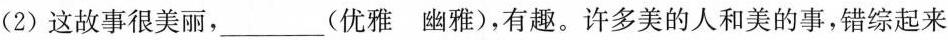
(2)这故事很美丽，\underline(优雅 幽雅)，有趣。许多美的人和美的事，错综起来